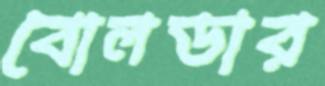
বোলডার